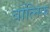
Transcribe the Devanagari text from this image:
बोत्निक